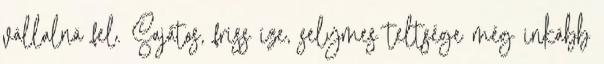
vállalná fel. Sajátos, friss íze, selymes teltsége még inkább